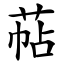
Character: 萜